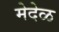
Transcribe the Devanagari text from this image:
मेदेळ